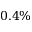
0 . 4 \%